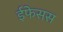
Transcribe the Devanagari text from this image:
ईफेसस